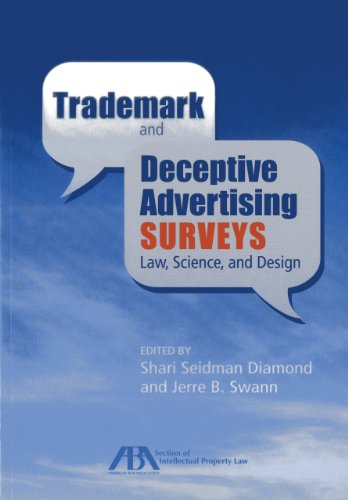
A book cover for Trademark and Deceptive Advertising Surveys: Law, Science, and Design; Law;